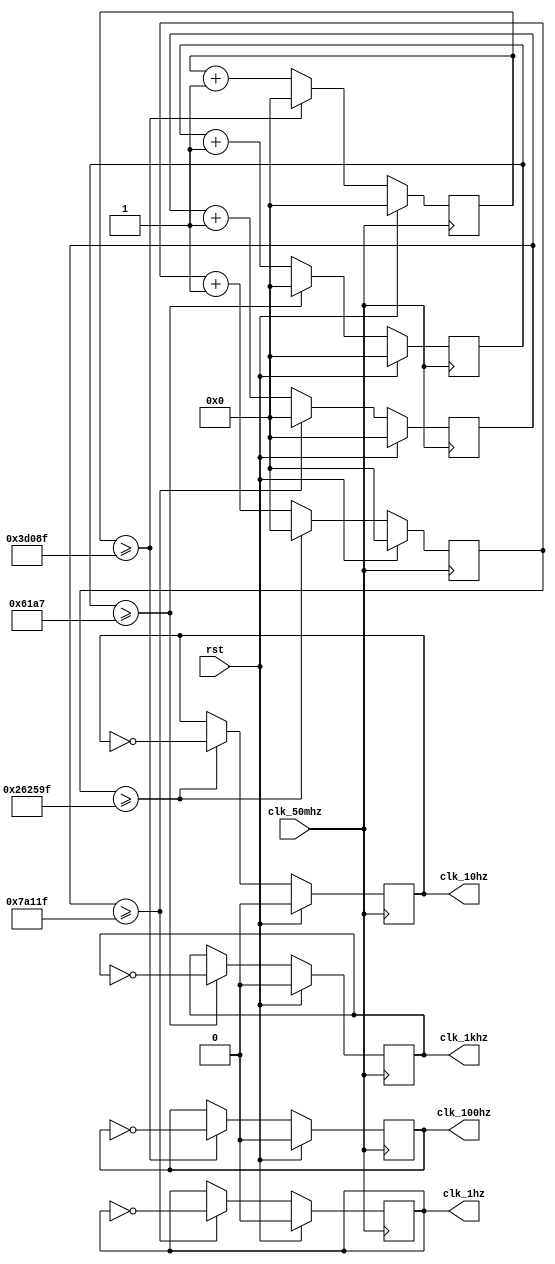
module frequency_divider(clk_50mhz,rst,clk_1khz,clk_100hz,clk_10hz,clk_1hz);
	input clk_50mhz,rst;
	output reg clk_1khz,clk_100hz,clk_10hz,clk_1hz;
	reg[31:0]cnt1,cnt2,cnt3,cnt4;
	parameter N4 = 50_000,N3 = 500_000,N2 = 5_000_000,N1 = 1_000_000;//
	//parameter N4 = 2,N3 = 4,N2 = 8,N1 = 16;//
	always @ (posedge clk_50mhz)
		if(rst)begin
				cnt1 <= 1'b0;
				cnt2 <= 1'b0;
				cnt3 <= 1'b0;
				cnt4 <= 1'b0;
				clk_1khz <= 1'b0;
				clk_100hz <= 1'b0;
				clk_10hz <= 1'b0;
				clk_1hz <= 1'b0;
			end
		else begin
				cnt1 <= cnt1 + 1'b1;
				cnt2 <= cnt2 + 1'b1;
				cnt3 <= cnt3 + 1'b1;
				cnt4 <= cnt4 + 1'b1;
				clk_1khz <= clk_1khz;
				clk_100hz <= clk_100hz;
				clk_10hz <= clk_10hz;
				clk_1hz <= clk_1hz;
				if(cnt4 >= N4/2-1)begin
					cnt4 <= 1'b0;
					clk_1khz <= ~clk_1khz;
					end
				if(cnt3 >= N3/2-1)begin
					cnt3 <= 1'b0;
					clk_100hz <= ~clk_100hz;
					end
				if(cnt2 >= N2/2-1)begin
					cnt2 <= 1'b0;
					clk_10hz <= ~clk_10hz;
					end
				if(cnt1 >= N1/2-1)begin
					cnt1 <= 1'b0;
					clk_1hz <= ~clk_1hz;
					end
			end
endmodule